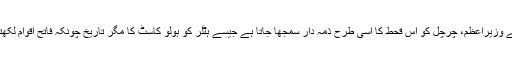
ہندوستان میں اُس وقت برطانوی راج تھا اور سر ونسٹن چرچل برطانیہ کے وزیراعظم، چرچل کو اس قحط کا اسی طرح ذمہ دار سمجھا جاتا ہے جیسے ہٹلر کو ہولو کاسٹ کا مگر تاریخ چونکہ فاتح اقوام لکھتی ہیں اس لئے فی الحال چرچل کو ہم ”سر“ کہہ کر ہی مخاطب کریں گے۔